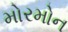
મોરમોન